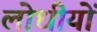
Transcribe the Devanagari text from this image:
लोधीयों